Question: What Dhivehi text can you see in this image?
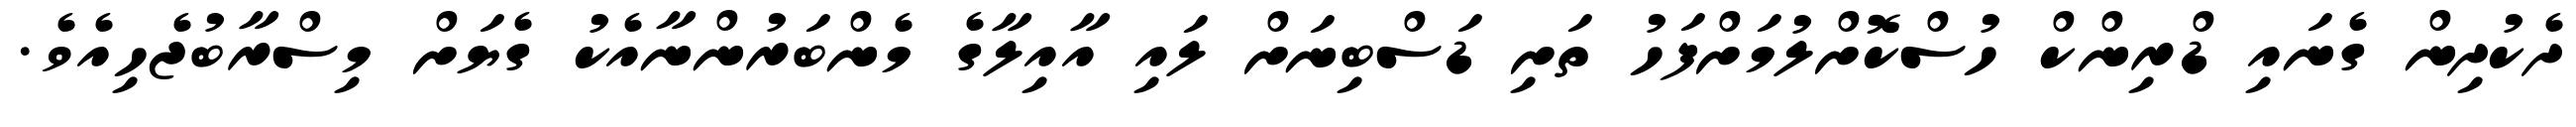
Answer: ދެކުދިން ގެނައި ޑްރިންކް ހުސްކޮށްލުމަށްފަހު ތަށި ޑަސްބިނަށް ލައި އާއިލާގެ މެންބަރުންނާއެކު ގެޔަށް މިސްރާބުޖެހިއެވެ.